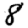
Digit: 8